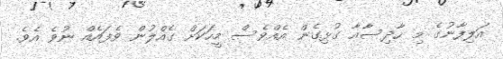
އަލިފާނުގެ މި ހާދިސާއާ ގުޅިގެން އެއްވެސް މީހަކަށް ގެއްލުން ވެފައެއް ނުވެ އެވެ.